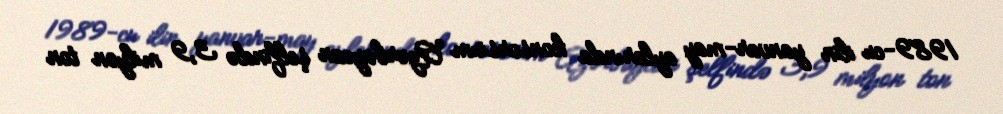
1989-cu ilin yanvar-may aylarında konsorsium Azərbaycan şelfində 3,9 milyon ton